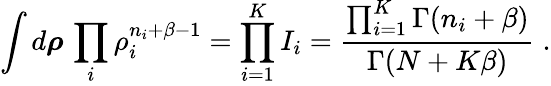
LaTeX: \int d\boldsymbol{\rho}\, \prod_{i}\rho_{i}^{n_{i}+\beta-1}=\prod_{i=1}^{K}I_{i}=\frac{\prod_{i=1}^{K}\Gamma(n_{i}+\beta)}{\Gamma(N+K\beta)}\; .